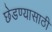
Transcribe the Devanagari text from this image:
छेडण्यासाठी